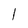
Character: 1